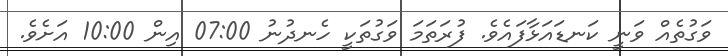
ވަގުތެއް ވަނީ ކަނޑައަޅާފައެވެ. ފުރަތަމަ ވަގުތަކީ ހެނދުނު 07:00 އިން 10:00 އަށެވެ.